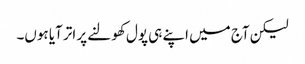
لیکن آج میں اپنے ہی پول کھولنے پر اتر آیا ہوں۔